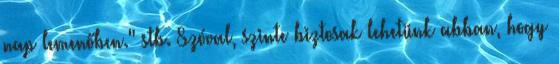
nap lemenőben." stb. Szóval, szinte biztosak lehetünk abban, hogy